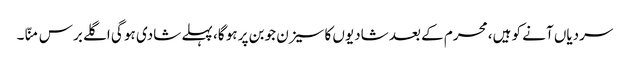
سردیاں آنے کو ہیں، محرم کے بعد شادیوں کا سیزن جوبن پر ہو گا، پہلے شادی ہو گی اگلے برس منّا۔